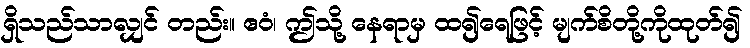
ရှိသည်သာလျှင် တည်း။ ဧဝံ၊ ဤသို့ နေရာမှ ထ၍ရေဖြင့် မျက်စိတို့ကိုထုတ်၍